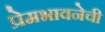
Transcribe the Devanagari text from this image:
प्रेमभावनेची